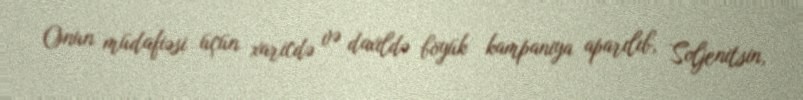
Onun müdafiəsi üçün xaricdə və daxildə böyük kampaniya aparılıb, Soljenitsin,